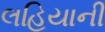
લહિયાની